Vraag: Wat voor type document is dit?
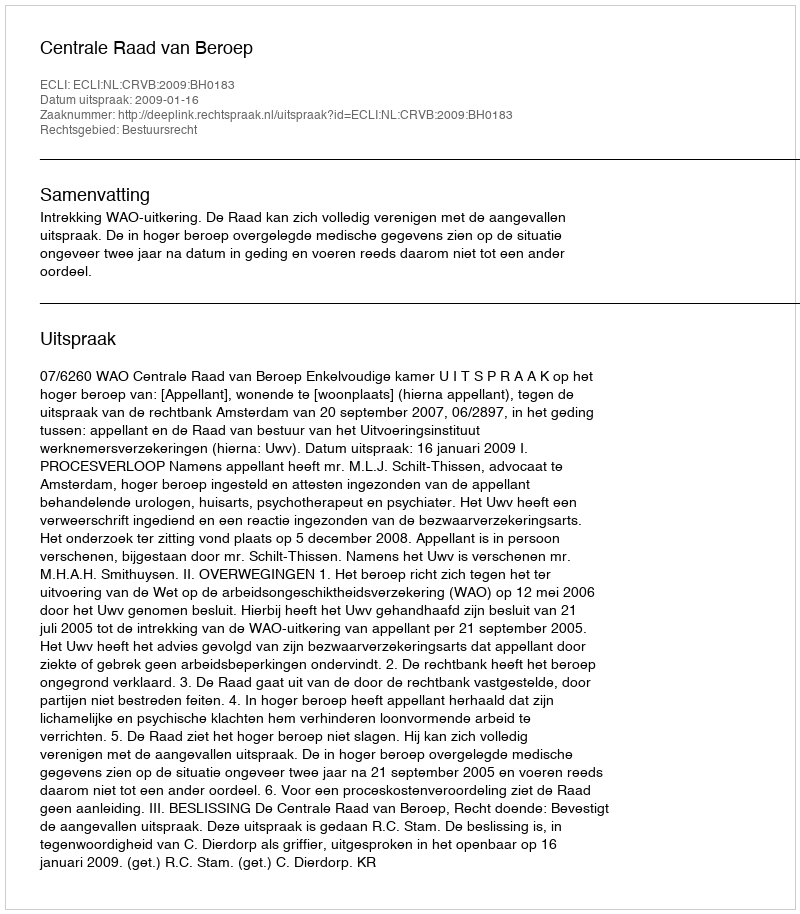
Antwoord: Uitspraak